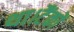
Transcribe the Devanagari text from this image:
था।टैंकों